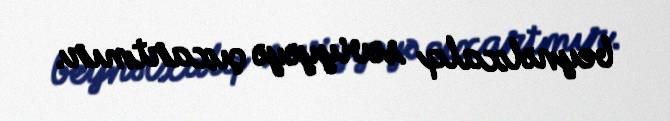
beynəlxalq səviyyəyə çıxartmır.